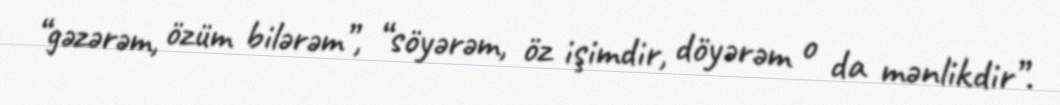
“gəzərəm, özüm bilərəm”, “söyərəm, öz işimdir, döyərəm o da mənlikdir”.